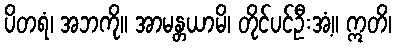
ပိတရံ၊ အဘကို။ အာမန္တယာမိ၊ တိုင်ပင်ဦးအံ့။ ဣတိ၊